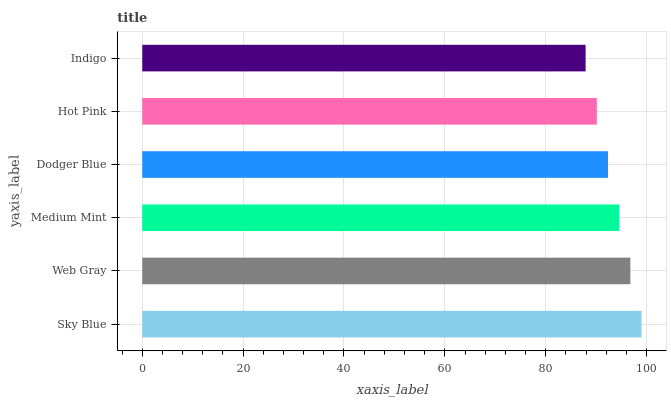
| yaxis_label | bars |
 | --- | --- |
 | Sky Blue | 99 |
 | Web Gray | 96.8 |
 | Medium Mint | 94.6 |
 | Dodger Blue | 92.3 |
 | Hot Pink | 90.1 |
 | Indigo | 87.9 |